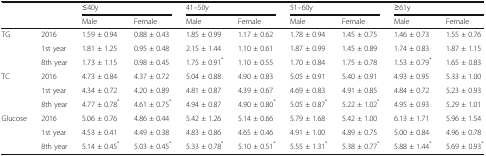
<table><thead><tr><td rowspan="2" colspan="2"></td><td colspan="2"><b>≤40y</b></td><td colspan="2"><b>41–50y</b></td><td colspan="2"><b>51–60y</b></td><td colspan="2"><b>≥61y</b></td></tr><tr><td><b>Male</b></td><td><b>Female</b></td><td><b>Male</b></td><td><b>Female</b></td><td><b>Male</b></td><td><b>Female</b></td><td><b>Male</b></td><td><b>Female</b></td></tr></thead><tbody><tr><td rowspan="3">TG</td><td>2016</td><td>1.59 ± 0.94</td><td>0.88 ± 0.43</td><td>1.85 ± 0.99</td><td>1.17 ± 0.62</td><td>1.78 ± 0.94</td><td>1.45 ± 0.75</td><td>1.46 ± 0.73</td><td>1.55 ± 0.76</td></tr><tr><td>1st year</td><td>1.81 ± 1.25</td><td>0.95 ± 0.48</td><td>2.15 ± 1.44</td><td>1.10 ± 0.61</td><td>1.87 ± 0.99</td><td>1.45 ± 0.89</td><td>1.74 ± 0.83</td><td>1.87 ± 1.15</td></tr><tr><td>8th year</td><td>1.73 ± 1.15</td><td>0.98 ± 0.45</td><td>1.75 ± 0.91<sup>*</sup></td><td>1.10 ± 0.55</td><td>1.70 ± 0.84</td><td>1.75 ± 0.78</td><td>1.53 ± 0.79<sup>*</sup></td><td>1.65 ± 0.83</td></tr><tr><td rowspan="3">TC</td><td>2016</td><td>4.73 ± 0.84</td><td>4.37 ± 0.72</td><td>5.04 ± 0.88</td><td>4.90 ± 0.83</td><td>5.05 ± 0.91</td><td>5.40 ± 0.91</td><td>4.93 ± 0.95</td><td>5.33 ± 1.00</td></tr><tr><td>1st year</td><td>4.34 ± 0.72</td><td>4.20 ± 0.89</td><td>4.81 ± 0.87</td><td>4.39 ± 0.67</td><td>4.69 ± 0.83</td><td>4.91 ± 0.85</td><td>4.84 ± 0.72</td><td>5.23 ± 0.93</td></tr><tr><td>8th year</td><td>4.77 ± 0.78<sup>*</sup></td><td>4.61 ± 0.75<sup>*</sup></td><td>4.94 ± 0.87</td><td>4.90 ± 0.80<sup>*</sup></td><td>5.05 ± 0.87<sup>*</sup></td><td>5.22 ± 1.02<sup>*</sup></td><td>4.95 ± 0.93</td><td>5.29 ± 1.01</td></tr><tr><td rowspan="3">Glucose</td><td>2016</td><td>5.06 ± 0.76</td><td>4.86 ± 0.44</td><td>5.42 ± 1.26</td><td>5.14 ± 0.66</td><td>5.79 ± 1.68</td><td>5.42 ± 1.00</td><td>6.13 ± 1.71</td><td>5.96 ± 1.54</td></tr><tr><td>1st year</td><td>4.53 ± 0.41</td><td>4.49 ± 0.38</td><td>4.83 ± 0.86</td><td>4.65 ± 0.46</td><td>4.91 ± 1.00</td><td>4.89 ± 0.75</td><td>5.00 ± 0.84</td><td>4.96 ± 0.78</td></tr><tr><td>8th year</td><td>5.14 ± 0.45<sup>*</sup></td><td>5.03 ± 0.45<sup>*</sup></td><td>5.33 ± 0.78<sup>*</sup></td><td>5.10 ± 0.51<sup>*</sup></td><td>5.55 ± 1.31<sup>*</sup></td><td>5.38 ± 0.77<sup>*</sup></td><td>5.88 ± 1.44<sup>*</sup></td><td>5.69 ± 0.93<sup>*</sup></td></tr></tbody></table>